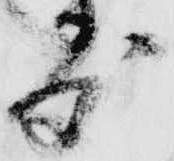
度